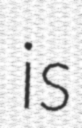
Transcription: is